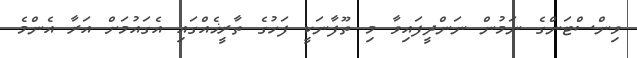
ވިންސްޓަންގެ ނަމުން ނަންދީފައިވާ މި ތޫފާނަކީ ފަހުގެ ތާރީޚެއްގައި އެގައުމަށް އަރާ އެންމެ